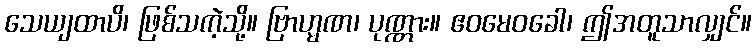
သေယျထာပိ၊ ဖြစ်သကဲ့သို့။ ဗြာဟ္မဏ၊ ပုဏ္ဏား။ ဧဝမေဝခေါ၊ ဤအတူသာလျှင်။